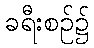
ခရီးစဉ်၌